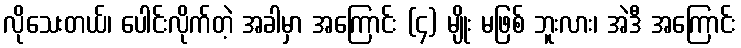
လိုသေးတယ်၊ ပေါင်းလိုက်တဲ့ အခါမှာ အကြောင်း (၄) မျိုး မဖြစ် ဘူးလား၊ အဲဒီ အကြောင်း